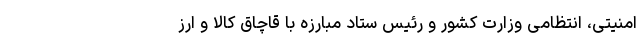
امنیتی، انتظامی وزارت کشور و رئیس ستاد مبارزه با قاچاق کالا و ارز